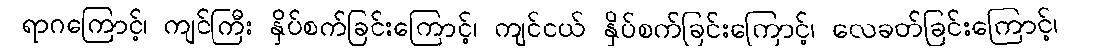
ရာဂကြောင့်၊ ကျင်ကြီး နှိပ်စက်ခြင်းကြောင့်၊ ကျင်ငယ် နှိပ်စက်ခြင်းကြောင့်၊ လေခတ်ခြင်းကြောင့်၊